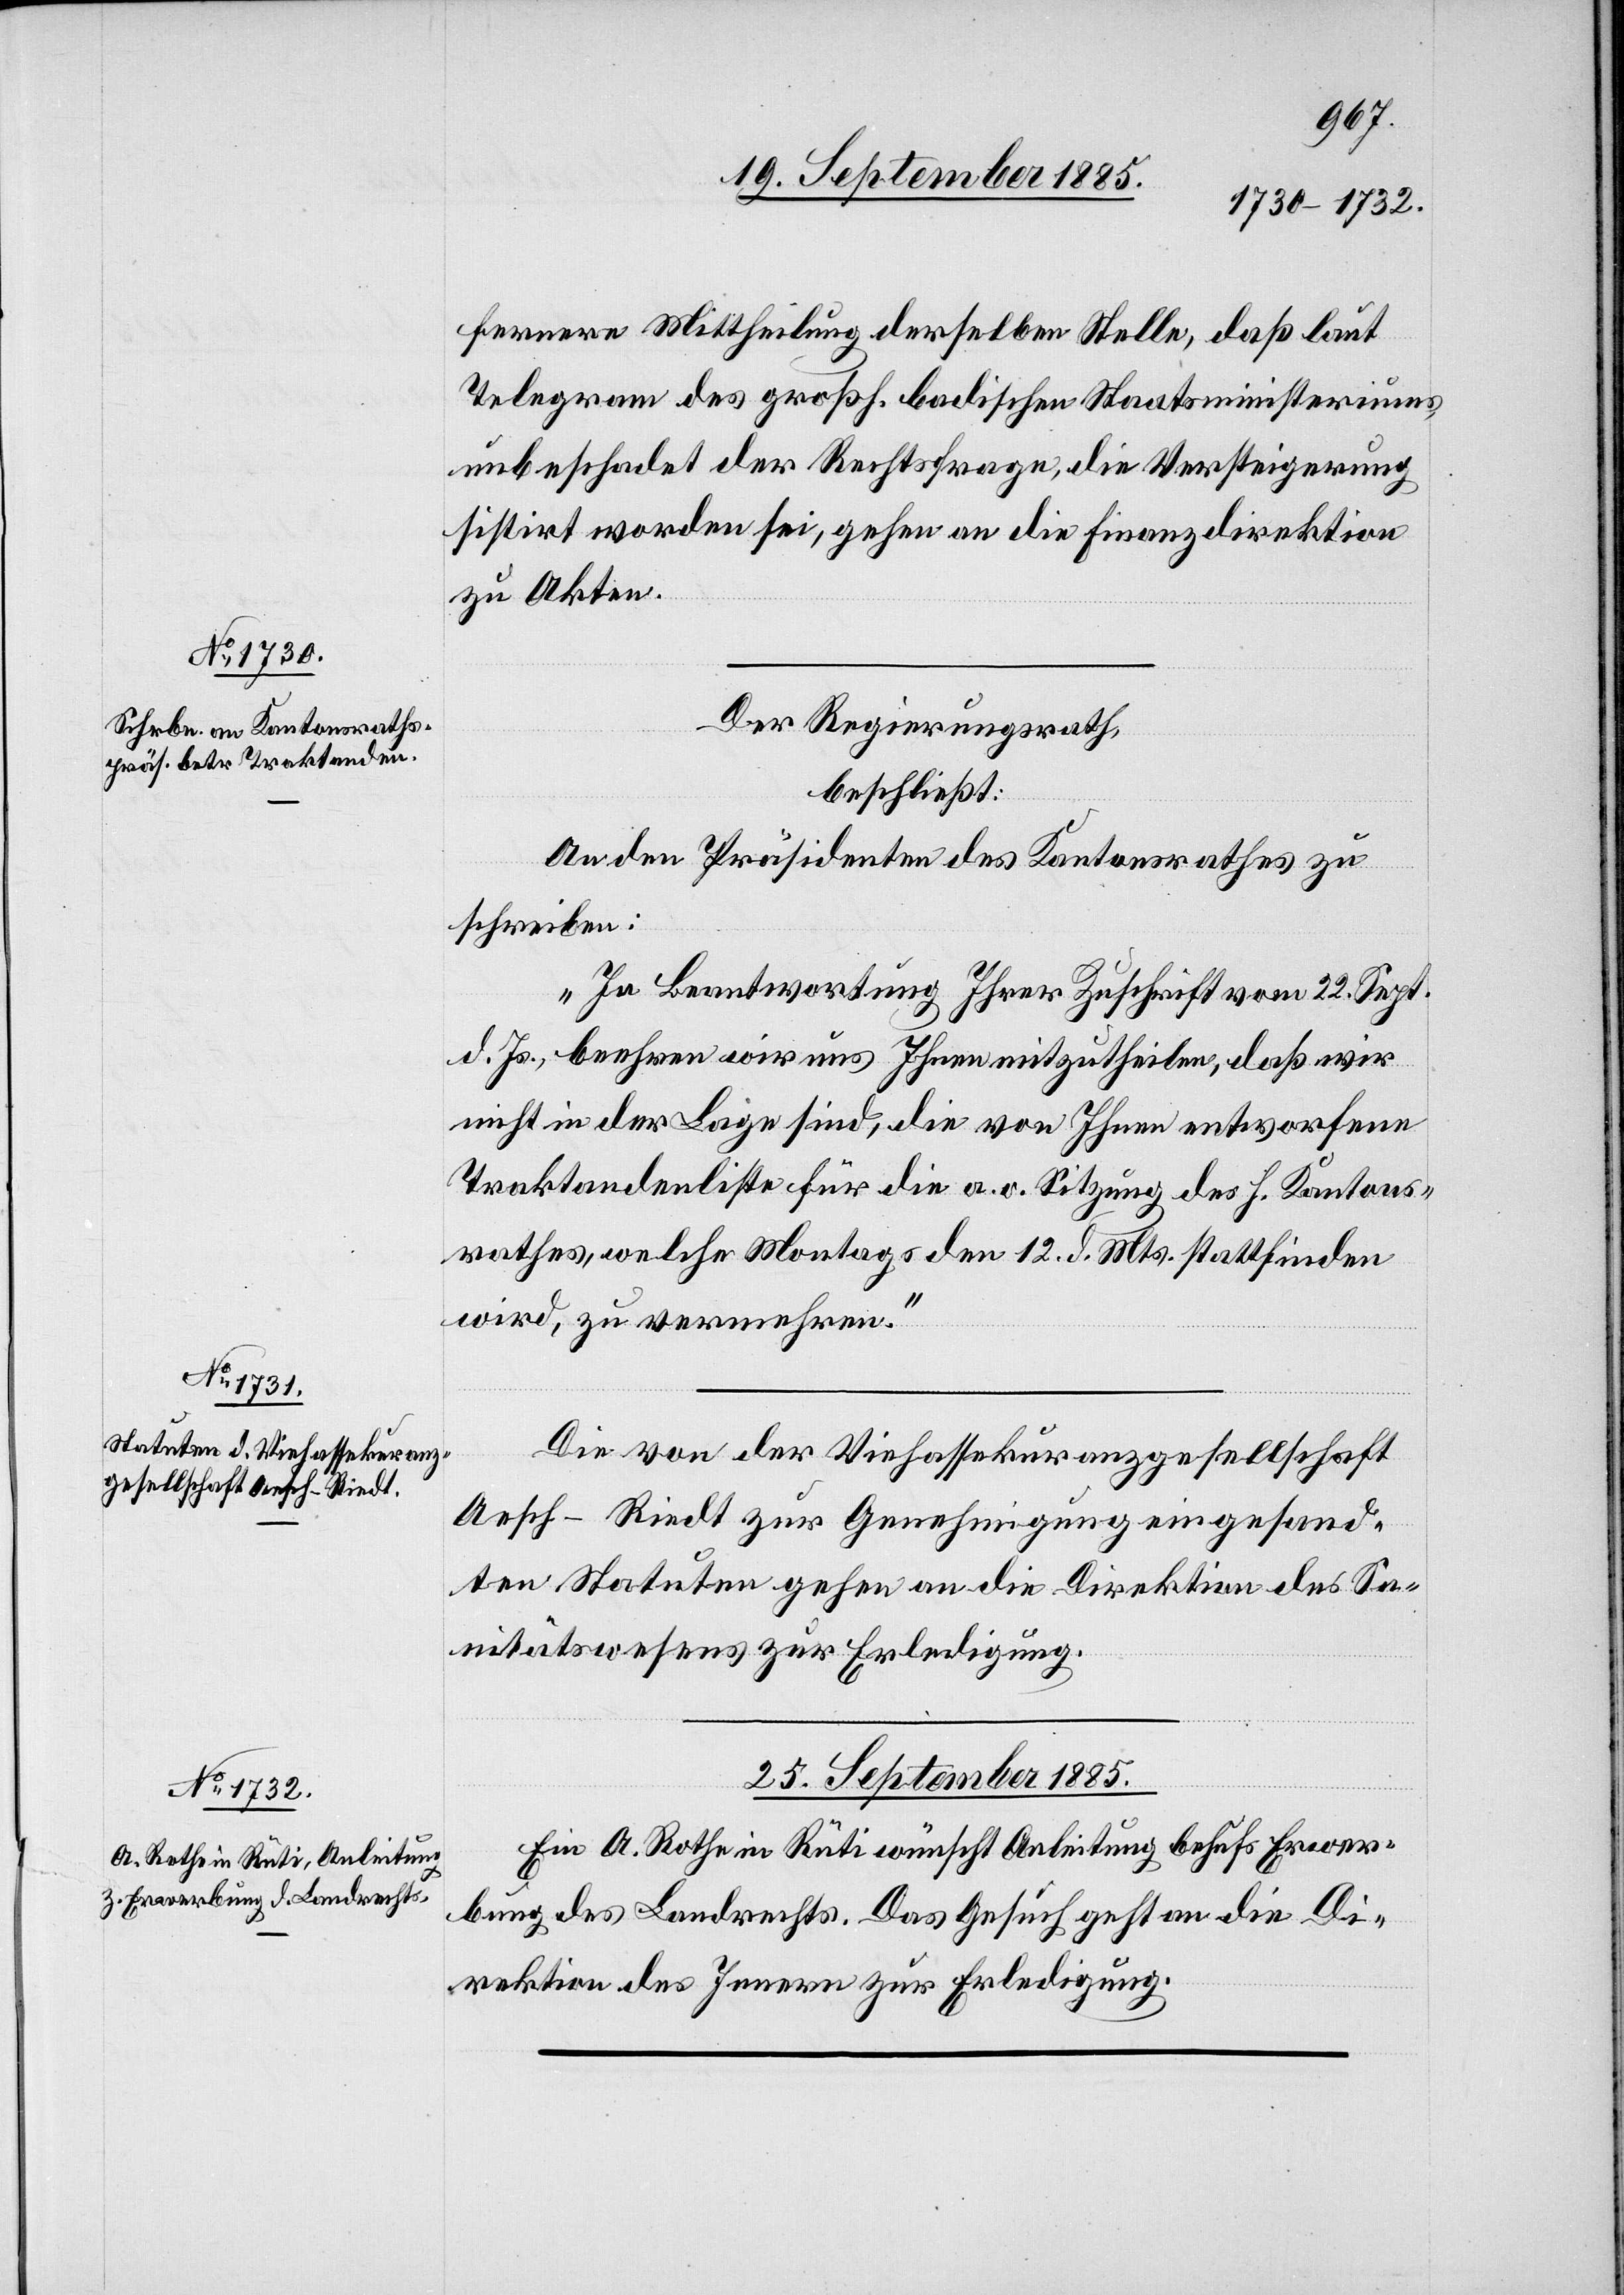
fernere Mittheilung derselben Stelle, daß laut
Telegramm des großh. badischen Staatsministeriums
unbeschadet der Rechtsfrage, die Versteigerung
sistirt worden sei, gehen an die Finanzdirektion
zu Akten.
Der Regierungsrath,
beschließt:
An den Präsidenten des Kantonsrathes zu
schreiben:
„In Beantwortung Ihrer Zuschrift vom 22. Sept.
d. Js. beehren wir uns Ihnen mitzutheilen, daß wir
nicht in der Lage sind, die von Ihnen entworfene
Traktandenliste für die a. o. Sitzung des h. Kantons¬
rathes, welche Montags den 12. d. Mts. stattfinden
wird, zu vermehren.“
Die von der Viehassekuranzgesellschaft
Aesch - Riedt zur Genehmigung eingesand¬
ten Statuten gehen an die Direktion des Sa¬
nitätswesens zur Erledigung.
25. September 1885.
Eine A. Rothe in Rüti wünscht Anleitung behufs Erwer¬
bung des Landrechtes. Das Gesuch geht an die Di¬
rektion des Innern zur Erledigung.